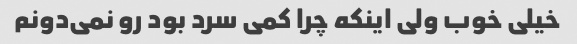
خیلی خوب ولی اینکه چرا کمی سرد بود رو نمی‌دونم